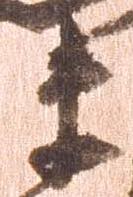
ま